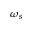
\omega _ { s }